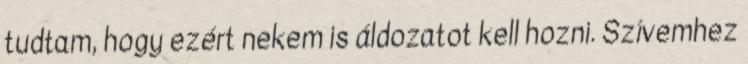
tudtam, hogy ezért nekem is áldozatot kell hozni. Szívemhez